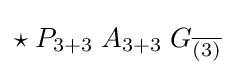
\star \;P_{3+3}\;A_{3+3}\;G_{\overline {(3)}}